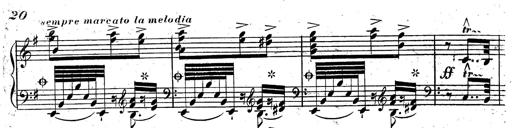
Title: Rondeau fantastique sur un thÃ¨me espagnol
Composer: Franz Liszt